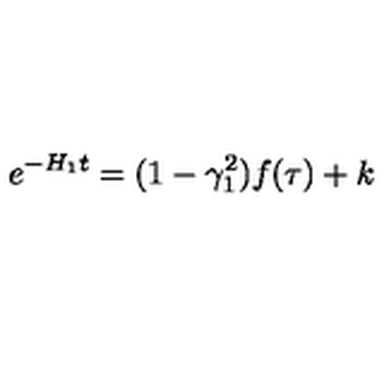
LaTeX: e ^ { - H _ { 1 } t } = ( 1 - \gamma _ { 1 } ^ { 2 } ) f ( \tau ) + k